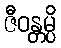
ဇီဝန္တမ္ပိ